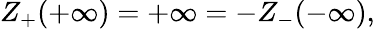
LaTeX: Z_{+}(+\infty)=+\infty=-Z_{-}(-\infty),